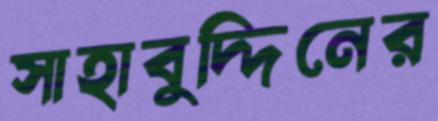
সাহাবুদ্দিনের